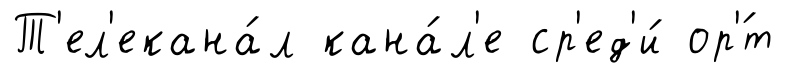
Т'ел'екана́л кана́л'е ср'ед'и́ ор'́т